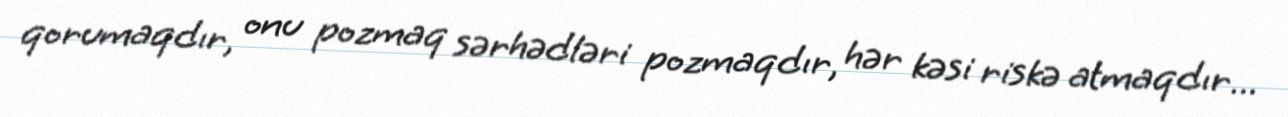
qorumaqdır, onu pozmaq sərhədləri pozmaqdır, hər kəsi riskə atmaqdır...